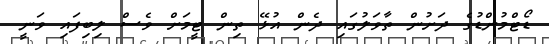
ޑޯޓްމުންޑުގެ ދަށުން ތާވަލުގައި ދެން އުޅޭ ތިން ޓީމަށް ވެސް ލިބިފައި ވަނީ